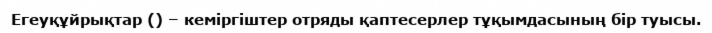
Егеуқұйрықтар () – кеміргіштер отряды қаптесерлер тұқымдасының бір туысы.